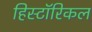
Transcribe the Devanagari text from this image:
हिस्टाॅरिकल